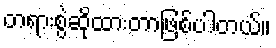
တရားစွဲဆိုထားတာဖြစ်ပါတယ်။